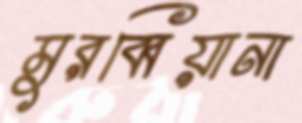
মুরব্বিয়ানা